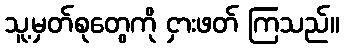
သူ့မှတ်စုတွေကို ငှားဖတ် ကြသည်။